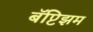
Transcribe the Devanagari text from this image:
बॅप्टिझम